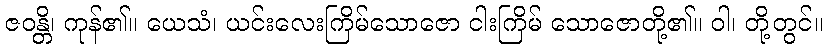
ဇဝန္တိ၊ ကုန်၏။ ယေသံ၊ ယင်းလေးကြိမ်သောဇော ငါးကြိမ် သောဇောတို့၏။ ဝါ၊ တို့တွင်။